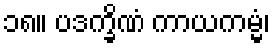
၁၈။ ပဒက္ခိဏံ ကာယကမ္မံ၊